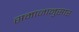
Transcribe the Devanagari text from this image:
समाजानुसार